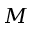
M